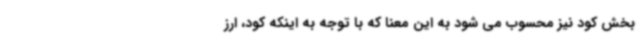
بخش کود نیز محسوب می شود به این معنا که با توجه به اینکه کود، ارز